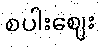
စပါးဈေး